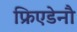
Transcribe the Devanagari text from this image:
फ्रिएडेनौ